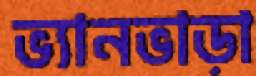
ভ্যানভাড়া